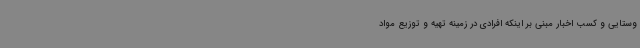
وستایی و کسب اخبار مبنی بر اینکه افرادی در زمینه تهیه و توزیع مواد